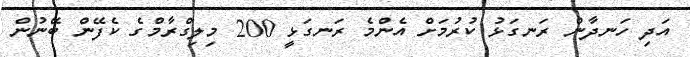
އަދި ހަނދާން ރަނގަޅު ކުރުމަށް އެންމެ ރަނގަޅީ 200 މިލިގްރާމްގެ ކެފޭން ބޭނުން